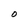
Character: O